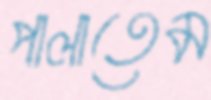
পালাতেম